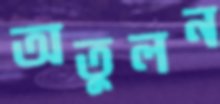
অতুলন